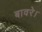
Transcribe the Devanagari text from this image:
बावरे।